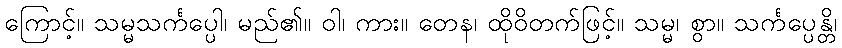
ကြောင့်။ သမ္မသင်္ကပ္ပေါ၊ မည်၏။ ဝါ၊ ကား။ တေန၊ ထိုဝိတက်ဖြင့်။ သမ္မ၊ စွာ။ သင်္ကပ္ပေန္တိ၊